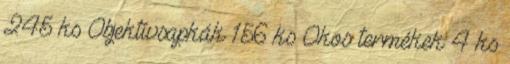
245 ks Objektívsapkák 156 ks Okos termékek 4 ks